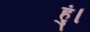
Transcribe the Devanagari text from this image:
हुं।